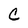
Character: C